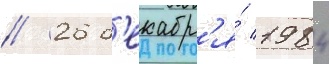
// 26 д'екабр'я́ 1984